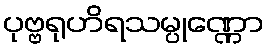
ပုဗ္ဗရုဟိရသမ္ပုဏ္ဏော